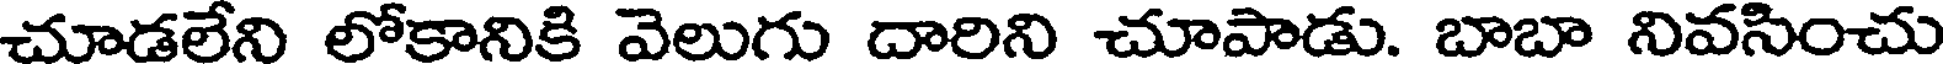
చూడలేని లోకానికి వెలుగు దారిని చూపాడు. బాబా నివసించు